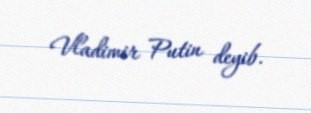
Vladimir Putin deyib.